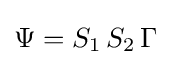
\Psi =S_{1}\,S_{2}\,\Gamma